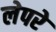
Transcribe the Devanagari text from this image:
लेपरे